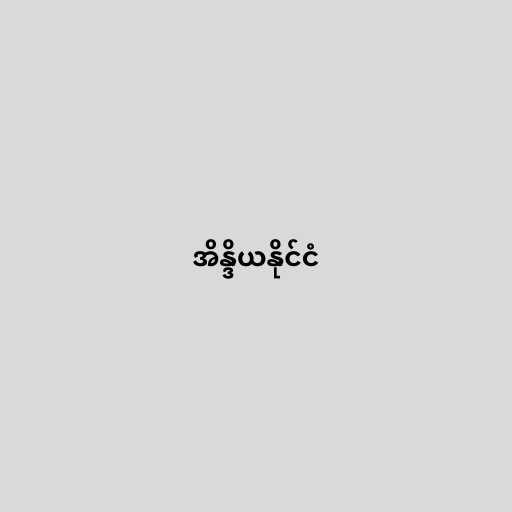
အိန္ဒိယနိုင်ငံ